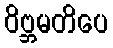
ဝိဗ္ဘမတိပေ